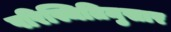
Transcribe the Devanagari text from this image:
परिस्थितिनुसार